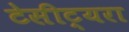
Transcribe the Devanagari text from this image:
टेसीट्यरा